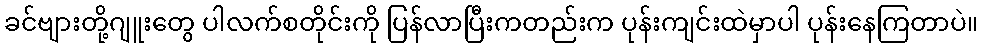
ခင်ဗျားတို့ဂျူးတွေ ပါလက်စတိုင်းကို ပြန်လာပြီးကတည်းက ပုန်းကျင်းထဲမှာပါ ပုန်းနေကြတာပဲ။